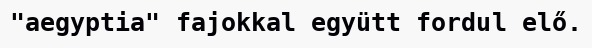
"aegyptia" fajokkal együtt fordul elő.